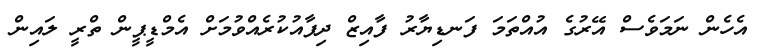
އެހެން ނަމަވެސް އޭރުގެ އުއްތަމަ ފަނޑިޔާރު ފާއިޒް ދިފާއުކުރެއްވުމަށް އެމްޑީޕީން ތްރީ ލައިން